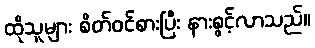
ထိုသူများ စိတ်ဝင်စားပြီး နားစွင့်လာသည်။